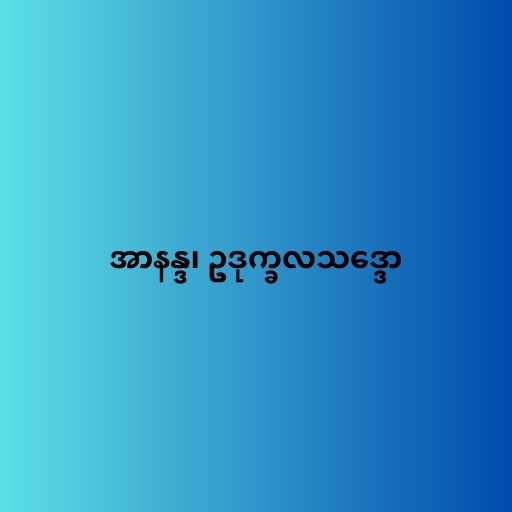
အာနန္ဒ၊ ဥဒုက္ခလသဒ္ဒော